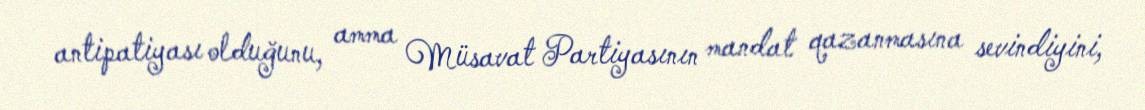
antipatiyası olduğunu, amma Müsavat Partiyasının mandat qazanmasına sevindiyini,